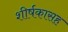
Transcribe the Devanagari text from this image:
शीर्षकासह